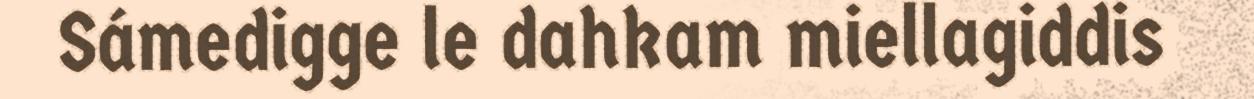
Sámedigge le dahkam miellagiddis